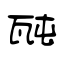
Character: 瓲